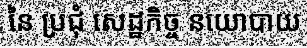
នៃ ប្រជុំ សេដ្ឋកិច្ច នយោបាយ